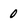
Character: 0